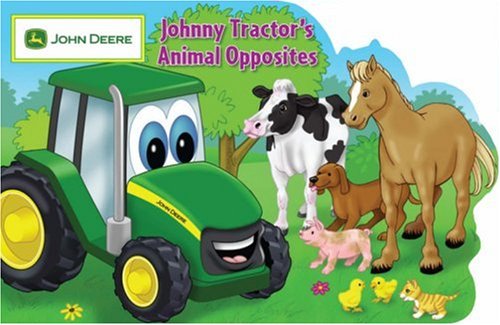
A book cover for Johnny Tractor's Animal Opposites (John Deere); Elana Roth; Children's Books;